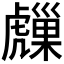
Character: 𧈈